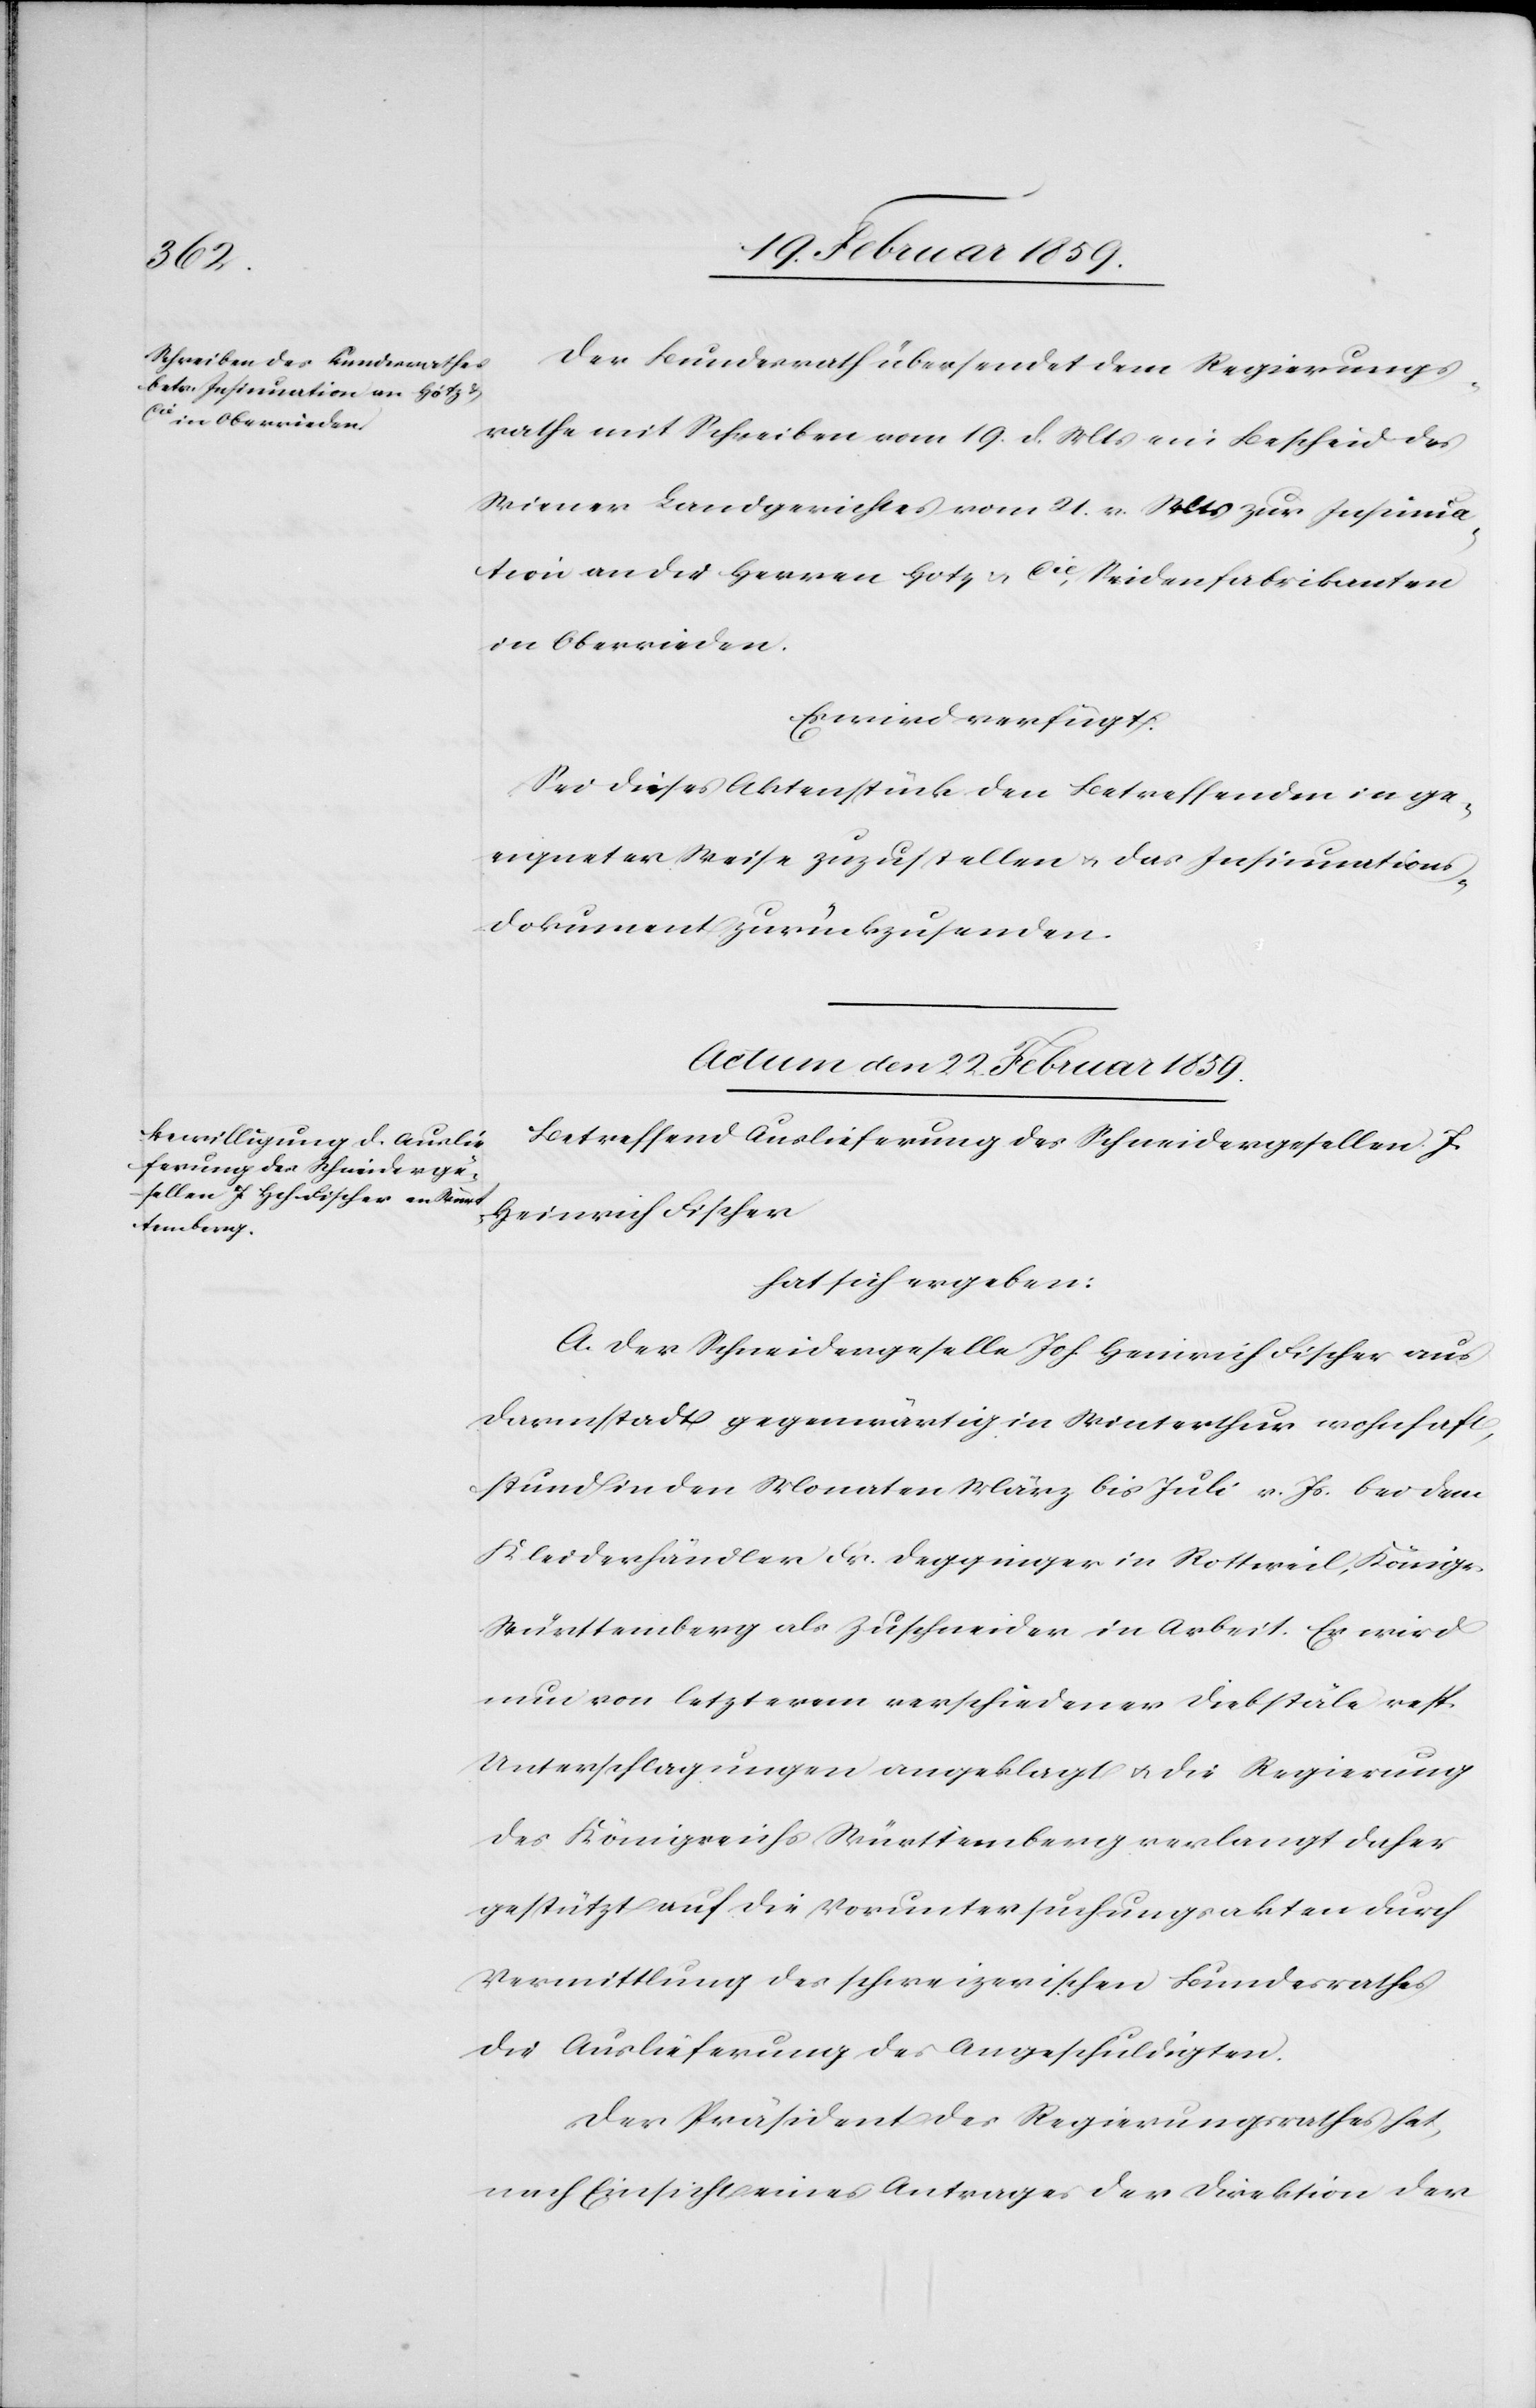
Der Bundesrath übersendet dem Regierungs¬
rath mit Schreiben vom 19. d. Mts ein Bescheid des
Wiener Landgerichtes vom 21. v. Mts zur Insinua¬
tion an die Herren Hotz & Cie, Seidenfabrikanten
in Oberrieden.
Es wird verfügt:
Sei dieses Aktenstück den Betreffenden in ge¬
eigneter Weise zuzustellen u. das Insinuations¬
dokument zurückzusenden.
Actum den 22. Februar 1859.
Betreffend Auslieferung des Schneidergesellen J.
Heinrich Fischer
hat sich ergeben:
A. Der Schneidergeselle Joh. Heinrich Fischer aus
Darmstadt gegenwärtig in Winterthur wohnhaft,
stund in den Monaten März bis Juli v. Js. bei dem
Kleiderhändler Fr. Degginger in Rottweil, Königr.
Württemberg als Zuschneider in Arbeit. Er wird
nun von letzterem verschiedener Diebstäle resp.
Unterschlagungen angeklagt u. die Regierung
des Königreichs Württemberg verlangt daher
gestützt auf die Voruntersuchungsakten durch
Vermittlung des schweizerischen Bundesrathes
die Auslieferung des Angeschuldigten.
Der Präsident des Regierungsrathes hat,
nach Einsicht eines Antrages der Direktion der